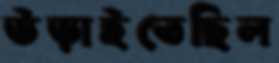
উড়াইতেছিল